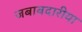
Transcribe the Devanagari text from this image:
जबाबदारीया